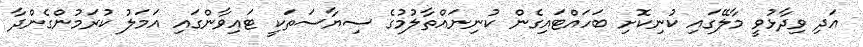
އަދި ވިދާޅުވީ މާލޭގައި ކުނިކޮށި ބަހައްޓައިގެން ކުނިނައްތާލުމުގެ ސިޔާސަތަކީ ޓައިވާންގައި އަމަލު ކުރަމުންގެންދާ